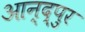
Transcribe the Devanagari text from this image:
आन्द्पुर